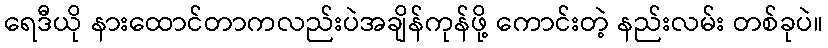
ရေဒီယို နားထောင်တာကလည်းပဲအချိန်ကုန်ဖို့ ကောင်းတဲ့ နည်းလမ်း တစ်ခုပဲ။